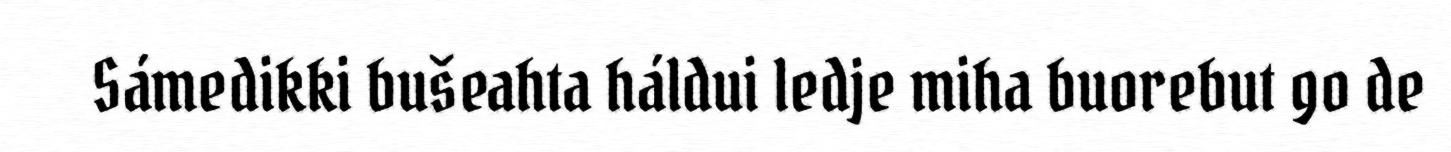
Sámedikki bušeahta háldui ledje miha buorebut go de